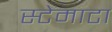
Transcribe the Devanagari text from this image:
स्टेमाटा